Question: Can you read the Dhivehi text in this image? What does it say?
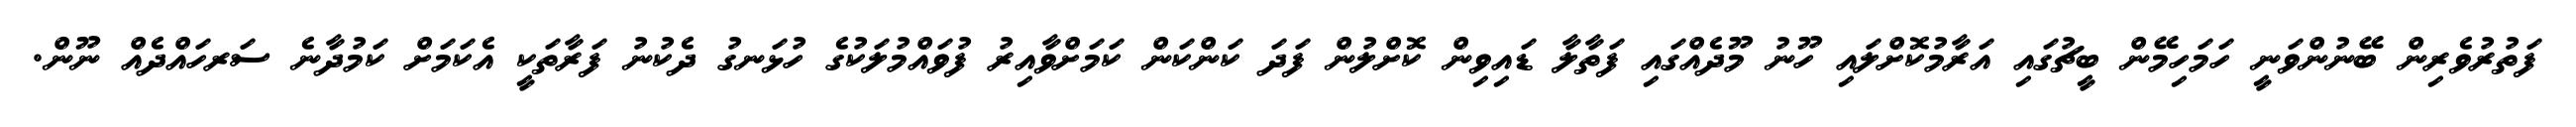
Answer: ފަތުރުވެރިން ބޭނުންވަނީ ހަމަހިމޭން ބީޗުގައި އަރާމުކޮށްލައި ހޫނު މޫދެއްގައި ފަތާލާ ޑައިވިން ކޮށްލުން ފަދަ ކަންކަން ކަމަށްވާއިރު ފުވައްމުލަކުގެ ހުޅަނގު ދެކުނު ފަރާތަކީ އެކަމަށް ކަމުދާނެ ސަރހައްދެއް ނޫން.